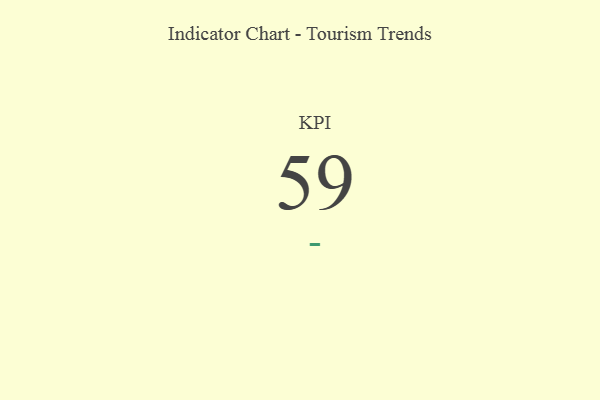
{"axis": {"x": "KPI", "y": "Value"}, "legend": [""], "data": [{"x": "KPI", "y": 59, "type": ""}]}